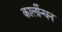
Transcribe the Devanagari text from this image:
कार्लीन्घन